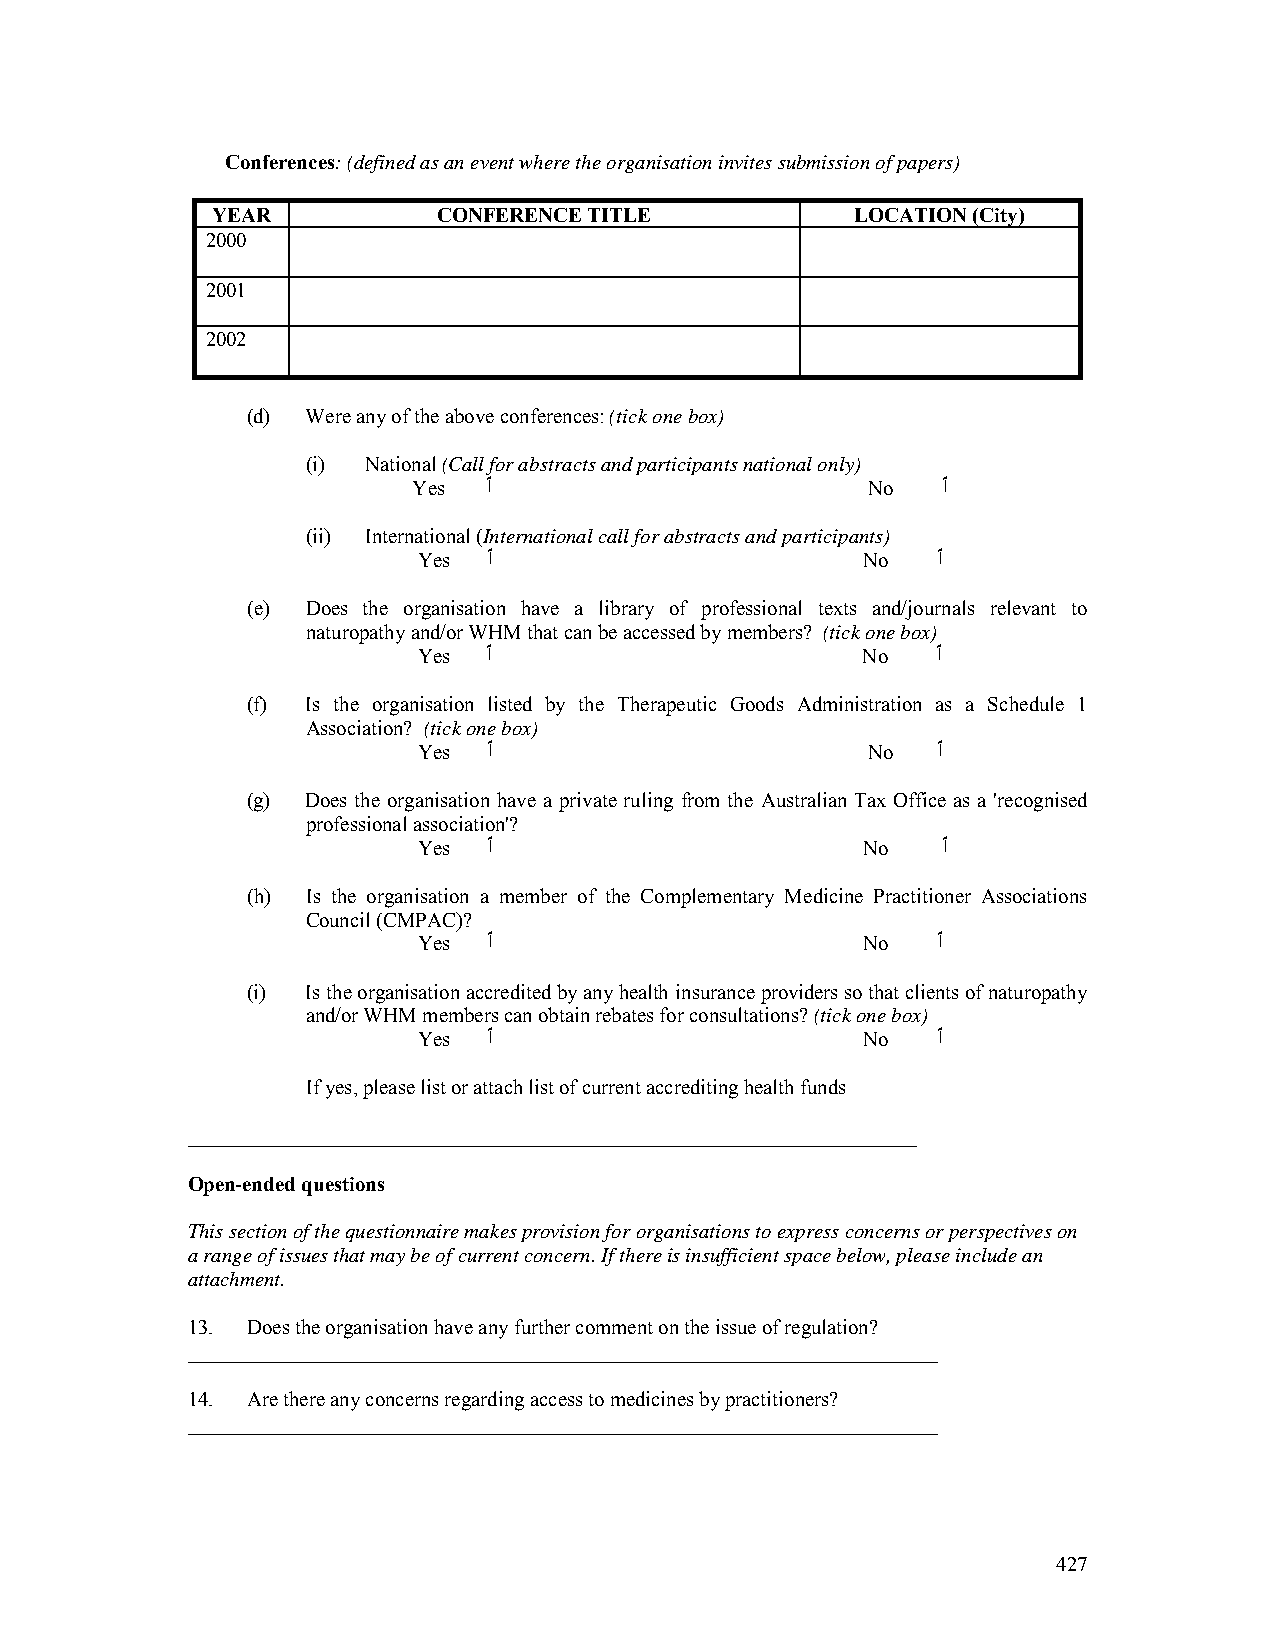
Conferences: (defined as an event where the organisation invites submission of papers)
 YEAR           CONFERENCE TITLE            LOCATION (City)
 2000
 2001
 2002
 (d) Were any of the above conferences: (tick one box)
 (i) National (Call for abstracts and participants national only)
 Yes  ٱ                        No   ٱ
 (ii) International (International call for abstracts and participants)
 Yes ٱ                        No   ٱ
 (e) Does the organisation have a library of professional texts and/journals relevant to
 naturopathy and/or WHM that can be accessed by members? (tick one box)
 Yes ٱ                        No   ٱ
 (f) Is the organisation listed by the Therapeutic Goods Administration as a Schedule 1
 Association? (tick one box)
 Yes ٱ                        No   ٱ
 (g) Does the organisation have a private ruling from the Australian Tax Office as a 'recognised
 professional association'?
 Yes ٱ                        No   ٱ
 (h) Is the organisation a member of the Complementary Medicine Practitioner Associations
 Council (CMPAC)?
 Yes ٱ                        No   ٱ
 (i) Is the organisation accredited by any health insurance providers so that clients of naturopathy
 and/or WHM members can obtain rebates for consultations? (tick one box)
 Yes ٱ                        No   ٱ
 If yes, please list or attach list of current accrediting health funds
 ______________________________________________________________________
 Open-ended questions
 This section of the questionnaire makes provision for organisations to express concerns or perspectives on
 a range of issues that may be of current concern. If there is insufficient space below, please include an
 attachment.
 13. Does the organisation have any further comment on the issue of regulation?
 ________________________________________________________________________
 14. Are there any concerns regarding access to medicines by practitioners?
 ________________________________________________________________________
 427